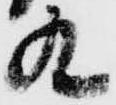
九